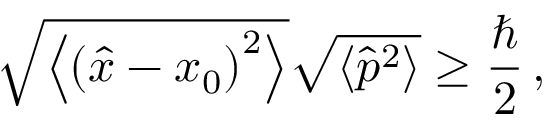
{ \sqrt { \left\langle \left( { \hat { x } } - x _ { 0 } \right) ^ { 2 } \right\rangle } } { \sqrt { \left\langle { \hat { p } } ^ { 2 } \right\rangle } } \geq { \frac { \hbar } { 2 } } \, ,